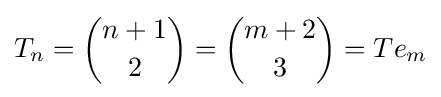
T_{n}={\binom {n+1}{2}}={\binom {m+2}{3}}=Te_{m}